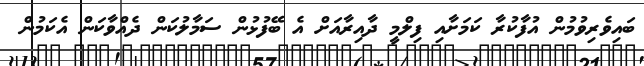
ބައިވެރިވުމުން އުފާކުރާ ކަމަށާއި ފިލްމީ ދާއިރާއަށް އެ ބޭފުޅުން ސަމާލުކަން ދެއްވާކަން އެކަމުން